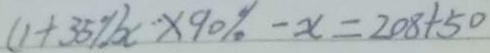
( 1 + 3 5 \% ) x \times 9 0 \% - x = 2 0 8 + 5 0